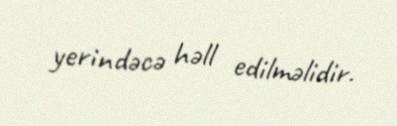
yerindəcə həll edilməlidir.